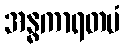
အန္ဓကာရတမံ